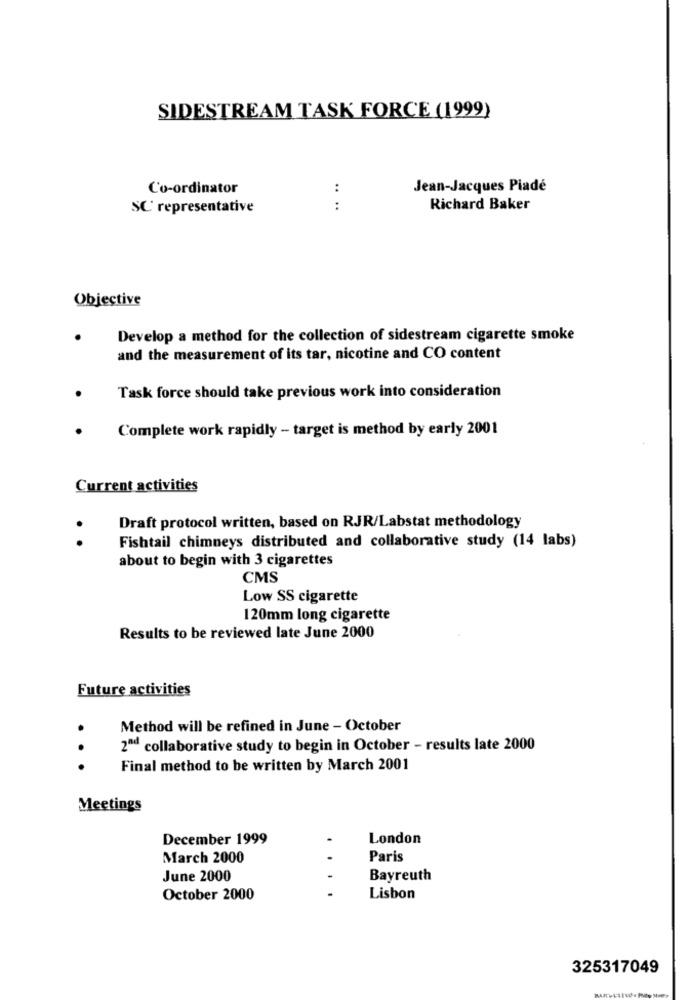
SIDESTREAM TASK FORCE (1999)
Co-ordinator
:
Jean-Jacques Piadé
SC representative
:
Richard Baker
Objective
Develop a method for the collection of sidestream cigarette smoke
and the measurement of its tar, nicotine and CO content
Task force should take previous work into consideration
Complete work rapidly - target is method by early 2001
Current activities
Draft protocol written, based on RJR/Labstat methodology
. .
Fishtail chimneys distributed and collaborative study (14 labs)
about to begin with 3 cigarettes
CMS
Low SS cigarette
120mm long cigarette
Results to be reviewed late June 2000
Future activities
Method will be refined in June - October
2ad collaborative study to begin in October - results late 2000
.. .
Final method to be written by March 2001
Meetings
December 1999
.
London
March 2000
Paris
June 2000
-
Bayreuth
.
October 2000
Lisbon
325317049